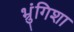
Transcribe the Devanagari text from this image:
भ्रुंगिशा